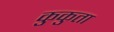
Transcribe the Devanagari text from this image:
कुकुता